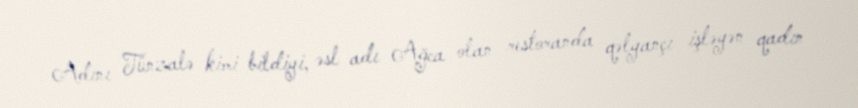
Adını Tünzalə kimi bildiyi, əsl adı Ağca olan restoranda qəlyançı işləyən qadın